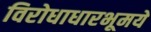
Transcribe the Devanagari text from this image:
विरोधाधारभूमये